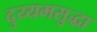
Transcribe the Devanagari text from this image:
दुय्यमसुद्धा